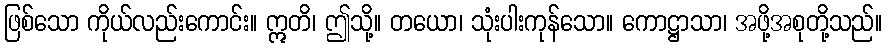
ဖြစ်သော ကိုယ်လည်းကောင်း။ ဣတိ၊ ဤသို့။ တယော၊ သုံးပါးကုန်သော။ ကောဋ္ဌာသာ၊ အဖို့အစုတို့သည်။